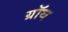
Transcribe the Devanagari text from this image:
ग्रॉथ